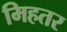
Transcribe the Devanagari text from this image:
मिहतर